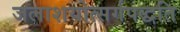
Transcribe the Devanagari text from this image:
जलाशयोत्सर्गपद्धति